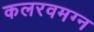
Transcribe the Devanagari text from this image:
कलरवमग्न